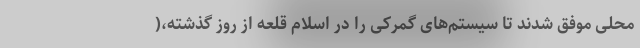
محلی موفق شدند تا سیستم‌های گمرکی را در اسلام قلعه از روز گذشته،(